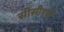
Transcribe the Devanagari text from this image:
सीसीएबी